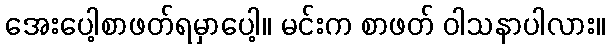
အေးပေါ့စာဖတ်ရမှာပေါ့။ မင်းက စာဖတ် ဝါသနာပါလား။